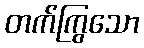
တက်ကြွသော